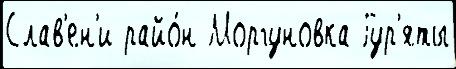
Слав'ен'и райо́н Моргуновка Гур'яты